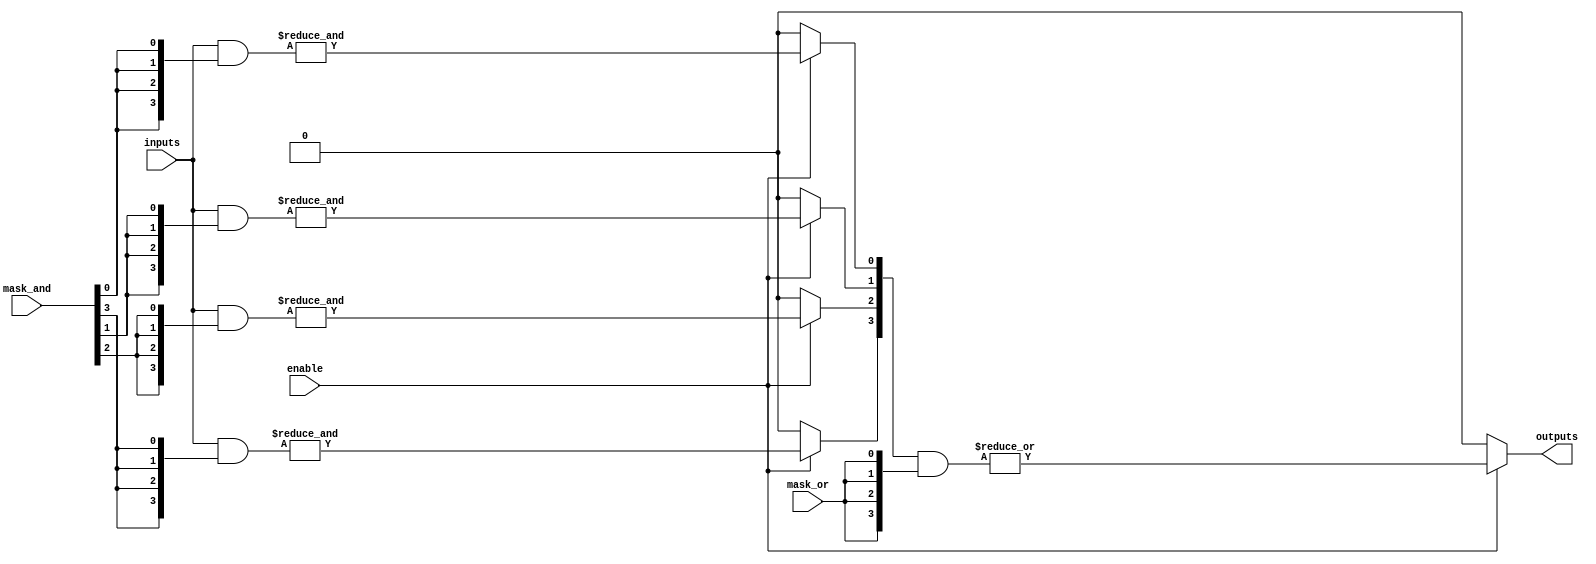
module CLB #(
    parameter NUM_INPUTS = 4,           // Number of inputs
    parameter NUM_AND_GATES = 4,        // Number of AND gates
    parameter NUM_OR_GATES = 1           // Number of OR gates
)(
    input wire [NUM_INPUTS-1:0]  inputs,         // Input signals
    input wire                   enable,          // Enable signal
    input wire [NUM_AND_GATES-1:0] mask_and,     // AND gate masks for programming
    input wire [NUM_OR_GATES-1:0] mask_or,       // OR gate masks for programming
    output wire [NUM_OR_GATES-1:0] outputs        // Output signals
);

    wire [NUM_AND_GATES-1:0] and_outputs;         // Outputs from AND gates
    wire [NUM_OR_GATES-1:0] internal_or_output;    // Internal OR gate outputs

    // AND Plane: Configurable AND gates
    genvar i;
    generate
        for (i = 0; i < NUM_AND_GATES; i = i + 1) begin : and_gate
            assign and_outputs[i] = enable ? 
                &({inputs & {mask_and[i], mask_and[i], mask_and[i], mask_and[i]}}) : 1'b0; // Programmable AND gate
        end
    endgenerate

    // OR Plane: Configurable OR gate
    generate
        for (i = 0; i < NUM_OR_GATES; i = i + 1) begin : or_gate
            assign internal_or_output[i] = enable ? 
                |(and_outputs & {mask_or[i], mask_or[i], mask_or[i], mask_or[i]}) : 1'b0; // Programmable OR gate
        end
    endgenerate

    // Output
    assign outputs = internal_or_output;

endmodule